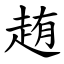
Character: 䞥